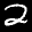
Label: 2